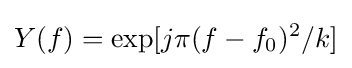
Y(f)=\exp[j\pi (f-f_{0})^{2}/k]